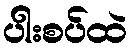
ပါးစပ်ထဲ